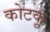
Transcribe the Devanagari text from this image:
कोटकू